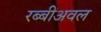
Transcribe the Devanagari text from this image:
रब्बीअवल